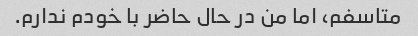
متاسفم، اما من در حال حاضر با خودم ندارم.